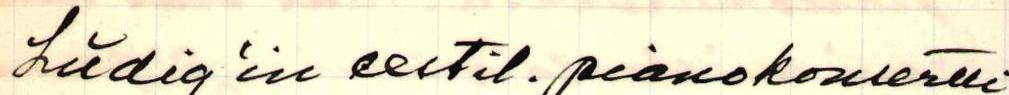
Lüdig'in eestil. pianokonsertti